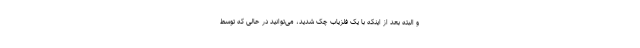
و البته بعد از اینکه با یک فلزیاب چک شدید، می‌توانید در حالی که توسط